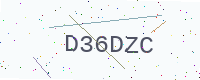
Text: D36DZC